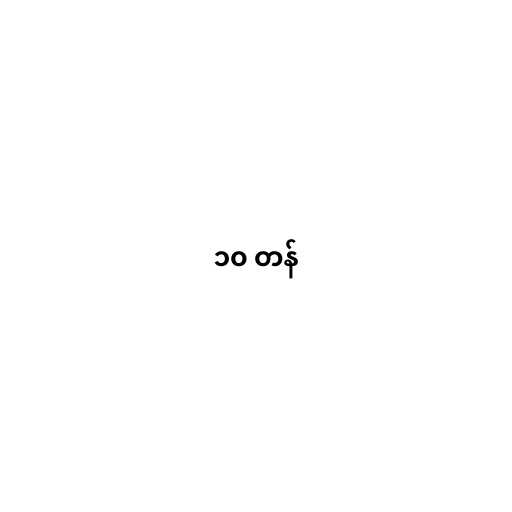
၁၀ တန်